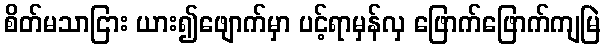
စိတ်မသာငြား ယား၍ဖျောက်မှာ ပင့်ရာမှန်လှ ဖြောက်ဖြောက်ကျမြဲ